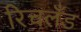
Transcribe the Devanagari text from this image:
रिचलँड